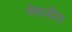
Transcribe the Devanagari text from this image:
भैषजीय